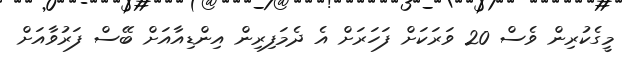
މީގެކުރިން ވެސް 20 ވަރަކަށް ފަހަރަށް އެ ދެމަފިރިން އިންޑިއާއަށް ބޭސް ފަރުވާއަށް